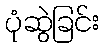
ပုံဆွဲခြင်း